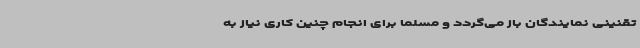
تقنینی نمایندگان باز می‌گردد و مسلماً برای انجام چنین کاری نیاز به